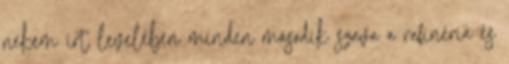
nekem írt levelében minden második szava a rafinéria és